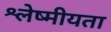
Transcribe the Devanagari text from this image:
श्लेष्मीयता